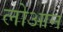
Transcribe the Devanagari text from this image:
लोआन